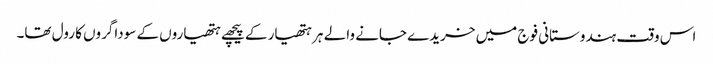
اس وقت ہندوستانی فوج میں خریدے جانے والے ہر ہتھیار کے پیچھے ہتھیاروں کے سوداگروں کا رول تھا۔